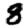
Digit: 8